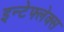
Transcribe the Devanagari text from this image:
इन्टेफ्लेक्स